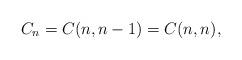
LaTeX: \begin{align*} C_n=C(n, n-1)=C(n,n) ,\end{align*}